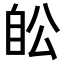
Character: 𦤉